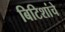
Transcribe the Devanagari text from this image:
बिटिशांचे